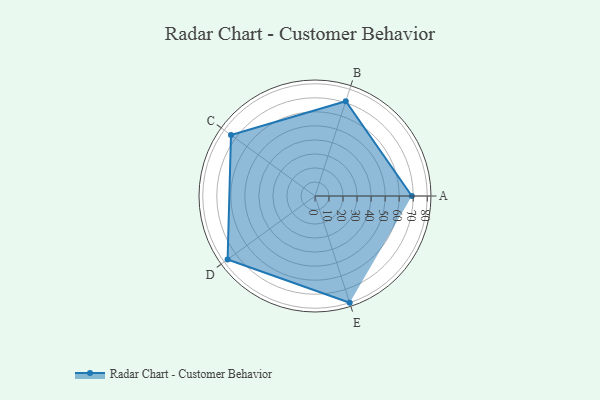
{"axis": {"x": "Skill", "y": "Score"}, "legend": ["Profile"], "data": [{"x": "A", "y": 69.0, "type": "Profile"}, {"x": "B", "y": 71.0, "type": "Profile"}, {"x": "C", "y": 74.0, "type": "Profile"}, {"x": "D", "y": 77.0, "type": "Profile"}, {"x": "E", "y": 80.0, "type": "Profile"}]}